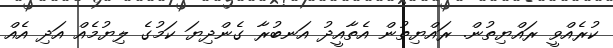
ކުރެއްވީ ރައްޔިތުން. ރައްޔިތުން އެތާއީދު އަނބުރާ ގެންދިޔަ ކަމުގެ ލިޔުމެއް އަދި އެއް